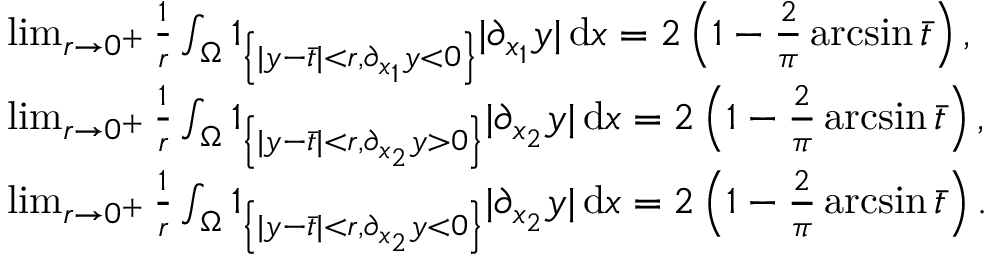
\begin{array} { r l } & { \operatorname* { l i m } _ { r \to 0 ^ { + } } \frac { 1 } { r } \int _ { \Omega } \mathbb { 1 } _ { \left\{ | y - \bar { t } | < r , \partial _ { x _ { 1 } } y < 0 \right\} } | \partial _ { x _ { 1 } } y | \, \mathrm { d } x = 2 \left( 1 - \frac { 2 } { \pi } \arcsin \bar { t } \right) , } \\ & { \operatorname* { l i m } _ { r \to 0 ^ { + } } \frac { 1 } { r } \int _ { \Omega } \mathbb { 1 } _ { \left\{ | y - \bar { t } | < r , \partial _ { x _ { 2 } } y > 0 \right\} } | \partial _ { x _ { 2 } } y | \, \mathrm { d } x = 2 \left( 1 - \frac { 2 } { \pi } \arcsin \bar { t } \right) , } \\ & { \operatorname* { l i m } _ { r \to 0 ^ { + } } \frac { 1 } { r } \int _ { \Omega } \mathbb { 1 } _ { \left\{ | y - \bar { t } | < r , \partial _ { x _ { 2 } } y < 0 \right\} } | \partial _ { x _ { 2 } } y | \, \mathrm { d } x = 2 \left( 1 - \frac { 2 } { \pi } \arcsin \bar { t } \right) . } \end{array}